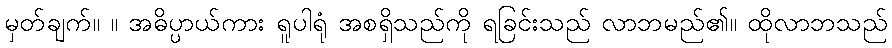
မှတ်ချက်။ ။ အဓိပ္ပာယ်ကား ရူပါရုံ အစရှိသည်ကို ရခြင်းသည် လာဘမည်၏။ ထိုလာဘသည်